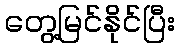
တွေ့မြင်နိုင်ပြီး